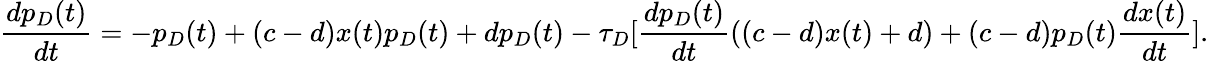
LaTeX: \frac{dp_{D}(t)}{dt}=-p_{D}(t)+(c-d)x(t)p_{D}(t)+dp_{D}(t)-\tau_{D}[\frac{dp_{D}(t)}{dt}((c-d)x(t)+d)+(c-d)p_{D}(t)\frac{dx(t)}{dt}].